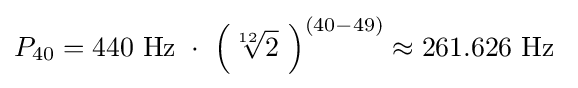
P_{40}=440\ {\text{Hz}}\ \cdot \ {\Bigl (}{\sqrt[{12}]{2}}\ {\Bigr )}^{(40-49)}\approx 261.626\ {\text{Hz}}\